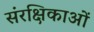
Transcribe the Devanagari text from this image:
संरक्षिकाओं